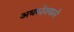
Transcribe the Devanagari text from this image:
अधश्चेतकाने